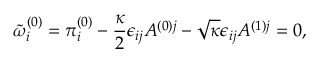
\tilde { \omega } _ { i } ^ { ( 0 ) } = \pi _ { i } ^ { ( 0 ) } - \frac { \kappa } { 2 } \epsilon _ { i j } A ^ { ( 0 ) j } - \sqrt { \kappa } \epsilon _ { i j } A ^ { ( 1 ) j } = 0 ,